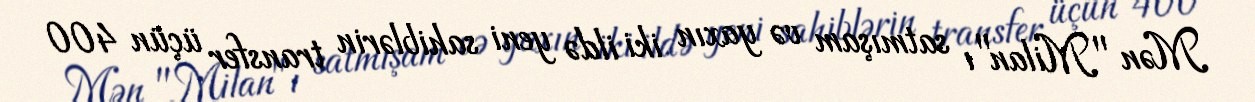
Mən "Milan"ı satmışam və yaxın iki ildə yeni sahiblərin transfer üçün 400